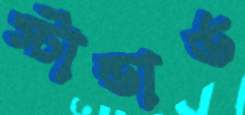
স্টান্ডার্ড